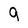
Character: 9